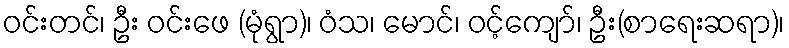
ဝင်းတင်၊ ဦး ဝင်းဖေ (မုံရွာ)၊ ဝံသ၊ မောင်၊ ဝင့်ကျော်၊ ဦး(စာရေးဆရာ)၊